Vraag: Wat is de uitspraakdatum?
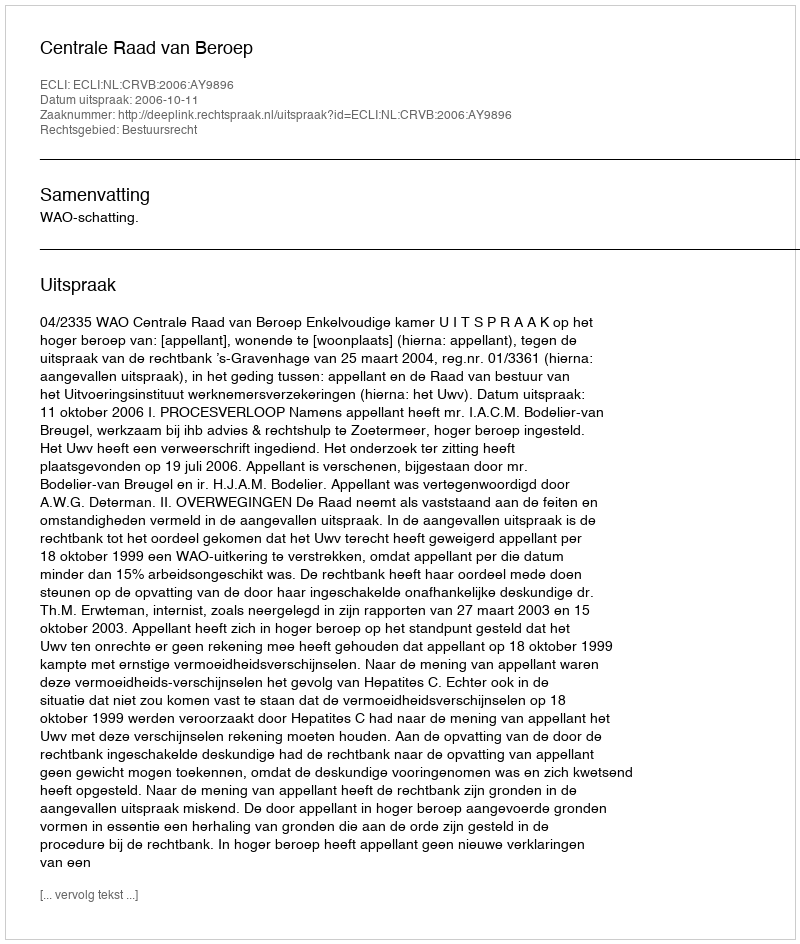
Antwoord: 2006-10-11